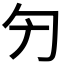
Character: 𠣐